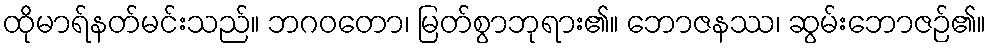
ထိုမာရ်နတ်မင်းသည်။ ဘဂဝတော၊ မြတ်စွာဘုရား၏။ ဘောဇနဿ၊ ဆွမ်းဘောဇဉ်၏။